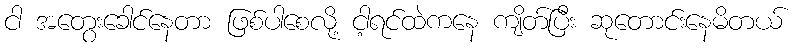
ငါ အတွေးခေါင်နေတာ ဖြစ်ပါစေလို့ ငါ့ရင်ထဲကနေ ကျိတ်ပြီး ဆုတောင်းနေမိတယ်